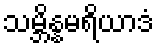
သမ္ဘိန္နမရိယာဒံ